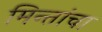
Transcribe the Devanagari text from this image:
मिन्तांचा